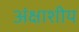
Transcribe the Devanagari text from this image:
अंक्षाशीय